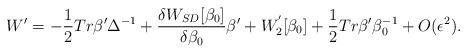
LaTeX: \begin{align*} W' = - \frac{1}{2} Tr \beta ' \Delta^{-1} + \frac{\delta W_{SD}[\beta_0] }{\delta \beta_0} \beta {'} + W_2^{'}[\beta_0] +\frac{1}{2} Tr \beta ' \beta^{-1}_0 + O(\epsilon^2).\end{align*}